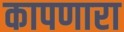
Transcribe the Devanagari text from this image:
कापणारा